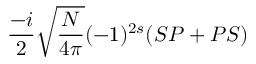
\frac { - i } { 2 } \sqrt { \frac { N } { 4 \pi } } ( - 1 ) ^ { 2 s } ( S P + P S )